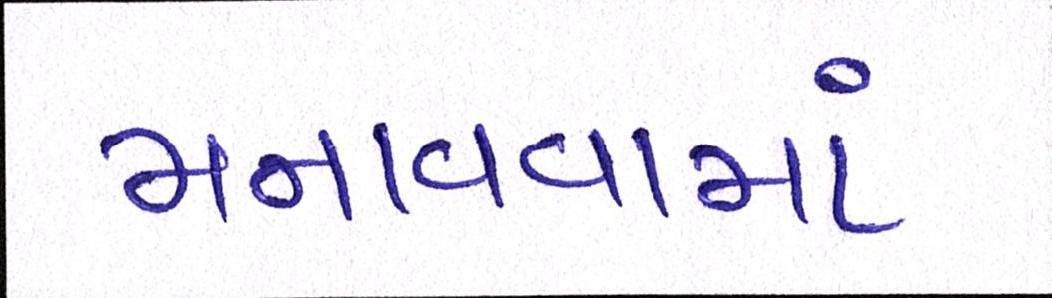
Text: મનાવવામાં